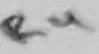
Text: R4